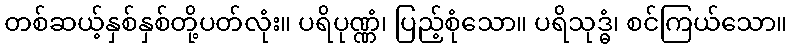
တစ်ဆယ့်နှစ်နှစ်တို့ပတ်လုံး။ ပရိပုဏ္ဏံ၊ ပြည့်စုံသော။ ပရိသုဒ္ဓံ၊ စင်ကြယ်သော။